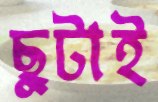
ছুটাই